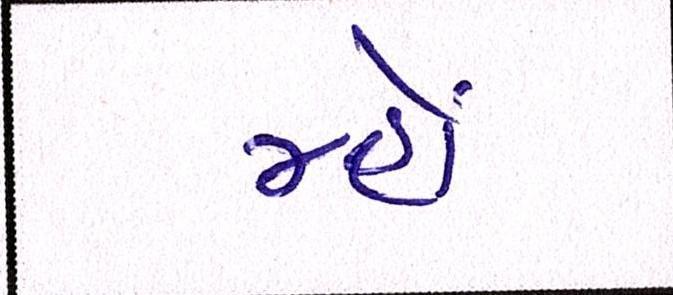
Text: મ્હોં